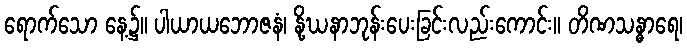
ရောက်သော နေ့၌။ ပါယာယဘောဇနံ၊ နို့ဃနာဘုန်းပေးခြင်းလည်းကောင်း။ တိဏသန္ဓာရေ၊